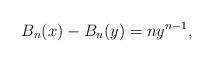
LaTeX: \begin{align*}B_n (x) - B_n (y) = ny^{n - 1},\end{align*}